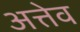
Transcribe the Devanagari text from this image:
अत्तेव